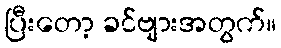
ပြီးတော့ ခင်ဗျားအတွက်။